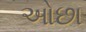
ઓછા